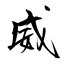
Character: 威